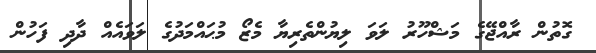
ގޮތުން ރާއްޖޭގެ މަޝްހޫރު ލަވަ ލިޔުންތެރިޔާ މެޒޯ މުޙައްމަދުގެ ލަވައެއް ދާދި ފަހުން